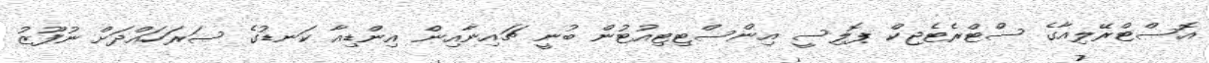
އޮސްޓްރޭލިއާގެ ސްޓްރެޓެޖިކް ޕޮލިސީ އިންސްޓިޓިއުޓުން ބުނީ ޗައިނާއިން އިންޑިއާ ކަނޑުގެ ސަރަހައްދަށް ނުފޫޒު